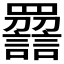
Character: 𧭿